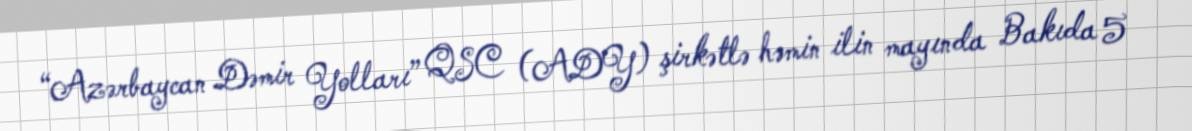
“Azərbaycan Dəmir Yolları” QSC (ADY) şirkətlə həmin ilin mayında Bakıda 5